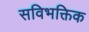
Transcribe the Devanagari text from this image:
सविभक्तिक